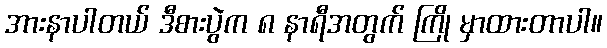
အားနာပါတယ် ဒီစားပွဲက ၈ နာရီအတွက် ကြို မှာထားတာပါ။